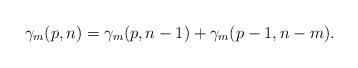
LaTeX: \begin{align*}\gamma_m(p, n) = \gamma_m(p, n-1) + \gamma_m(p-1, n-m).\end{align*}